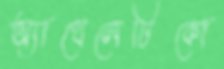
অ্যাথেলেটিকো